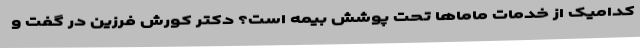
کدامیک از خدمات ماماها تحت پوشش بیمه است؟ دکتر کورش فرزین در گفت و